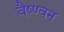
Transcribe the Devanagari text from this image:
वैष्ण्वन